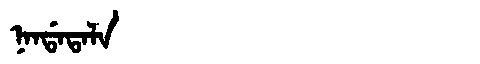
Manchu: ᠨᠠᠨᡩᠠᡨᠠᠯᠠ
Romanization: NANDATALA